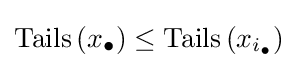
\operatorname {Tails} \left(x_{\bullet }\right)\leq \operatorname {Tails} \left(x_{i_{\bullet }}\right)